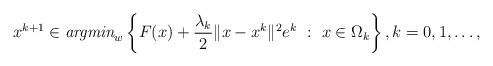
LaTeX: \begin{align*}x^{k+1}\in\emph{argmin}_{w}\left\{F(x)+\frac{\lambda_k}{2}\|x-x^k\|^2e^k ~:~ x\in\Omega_k\right\},k=0,1,\ldots,\end{align*}